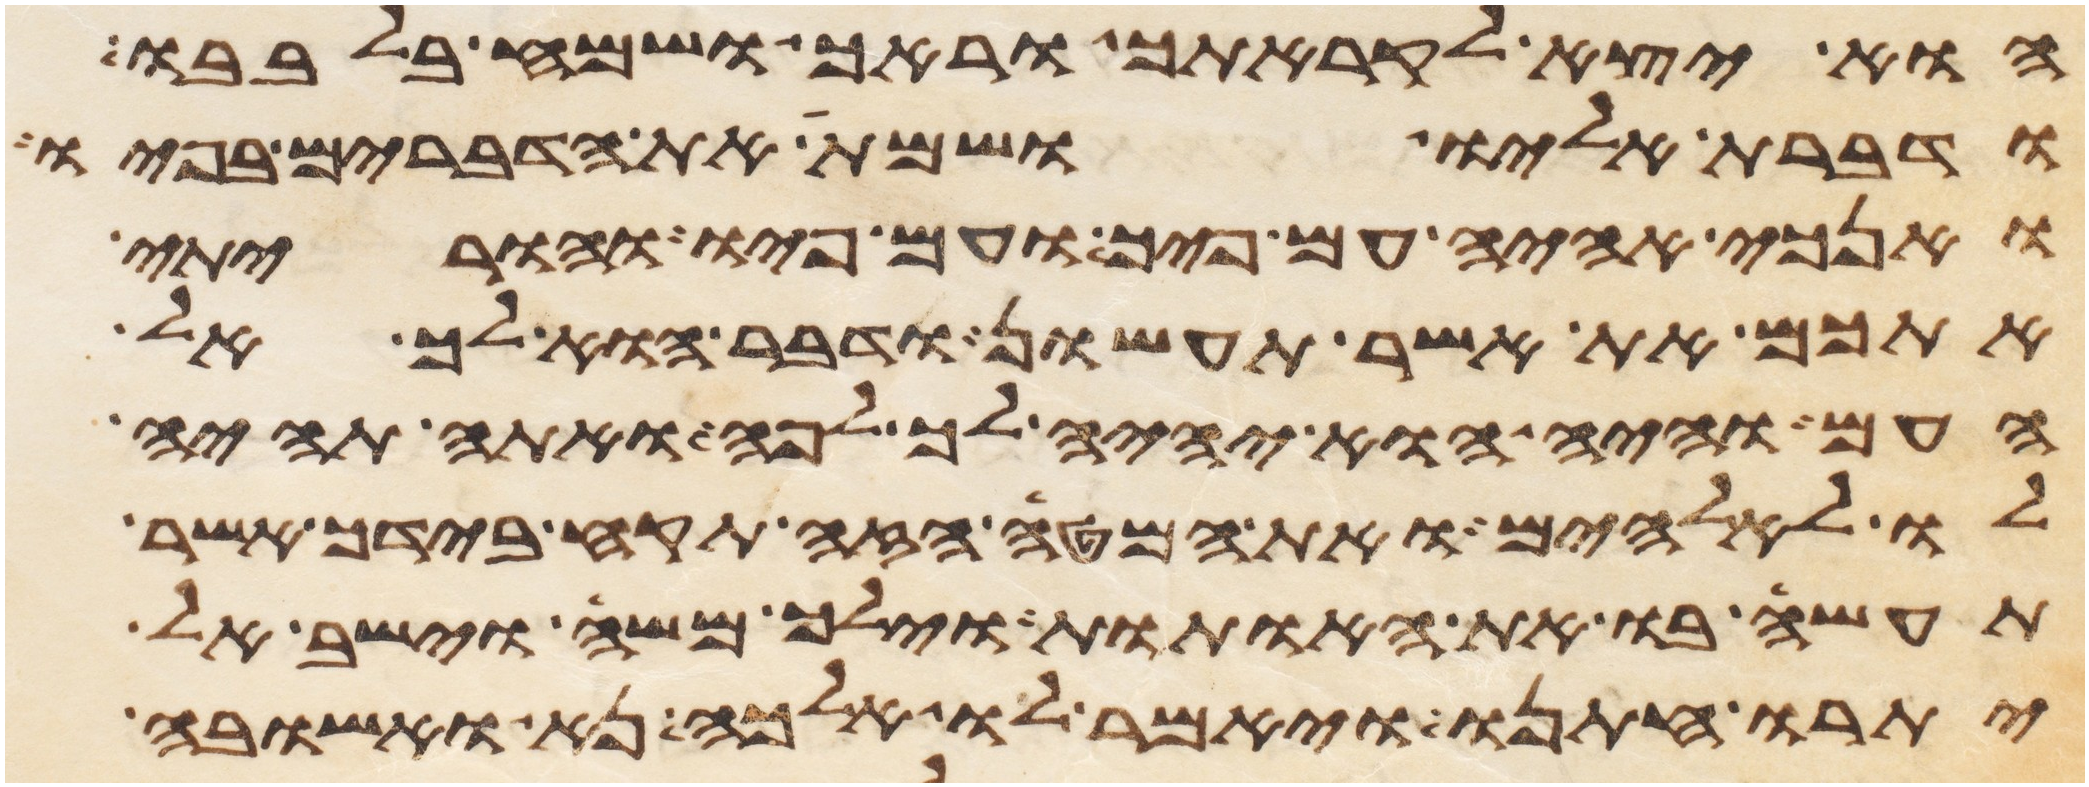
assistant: הוא יצא לקראתך וראך ושמח בלבבו
ודברת אליו ושמת את הדברים בפיו
ואנכי אהיה עם פיך ועם פיו והוריתי
אתכם את אשר תעשון ודבר הוא לך אל
העם והיה הוא יהיה לך לפה ואתה תהיה
לו לאלהים ואת המטה הזה תקח בידך אשר
תעשה בו את האתות וילך משה וישב אל
יתרו חתנו ויאמר לו אלכה נא ואשובה